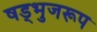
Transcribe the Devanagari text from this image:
षड्भुजरूप